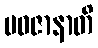
မဝဇာနာတိ